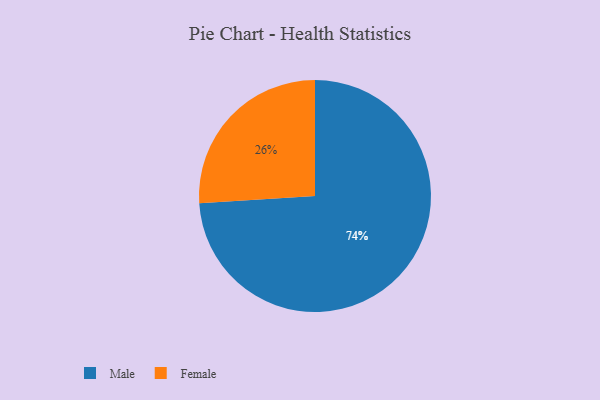
{"axis": {"x": "Category", "y": "Percentage"}, "legend": ["Female", "Male"], "data": [{"x": "Male", "y": 74, "type": "Male"}, {"x": "Female", "y": 26, "type": "Female"}]}